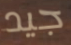
جيد